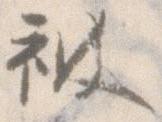
被